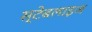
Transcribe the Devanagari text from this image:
स्टेबलाइज